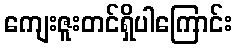
ကျေးဇူးတင်ရှိပါကြောင်း